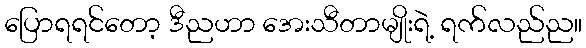
ပြောရရင်တော့ ဒီညဟာ အေးသီတာမျိုးရဲ့ ရက်လည်ည။